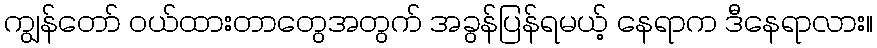
ကျွန်တော် ဝယ်ထားတာတွေအတွက် အခွန်ပြန်ရမယ့် နေရာက ဒီနေရာလား။